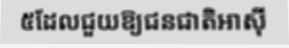
៥ដែលជួយឱ្យជនជាតិអាស៊ី